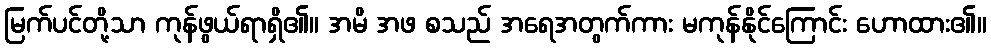
မြက်ပင်တို့သာ ကုန်ဖွယ်ရာရှိ၏။ အမိ အဖ စသည် အရေအတွက်ကား မကုန်နိုင်ကြောင်း ဟောထား၏။